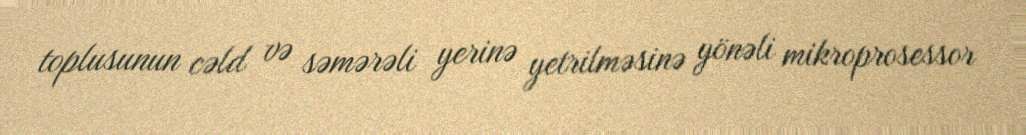
toplusunun cəld və səmərəli yerinə yetrilməsinə yönəli mikroprosessor